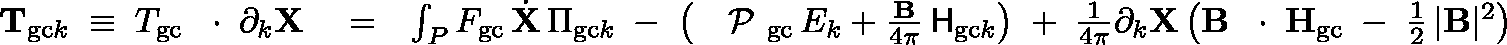
\begin{array} { r l r } { { \bf T } _ { \mathrm { g c } k } \; \equiv \; \mathbb { T } _ { \mathrm { g c } } \, \mathrm { ~ \boldmath ~ \cdot ~ } \, \partial _ { k } { \bf X } } & { { } = } & { \int _ { P } F _ { \mathrm { g c } } \, \dot { \bf X } \, \Pi _ { \mathrm { g c } k } \; - \; \left( \mathrm { ~ \boldmath ~ \cal ~ P ~ } _ { \mathrm { g c } } \, E _ { k } + \frac { \bf B } { 4 \pi } \, { \sf H } _ { \mathrm { g c } k } \right) \; + \; \frac { 1 } { 4 \pi } \partial _ { k } { \bf X } \left( { \bf B } \, \mathrm { ~ \boldmath ~ \cdot ~ } \, { \bf H } _ { \mathrm { g c } } \; - \; \frac { 1 } { 2 } \, | { \bf B } | ^ { 2 } \right) } \end{array}